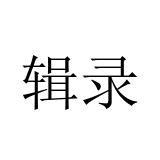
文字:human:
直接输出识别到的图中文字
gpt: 辑录